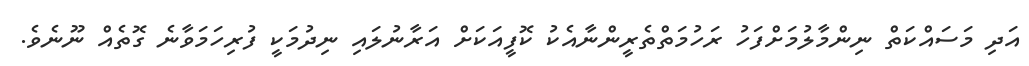
އަދި މަސައްކަތް ނިންމާލުމަށްފަހު ރަހުމަތްތެރީންނާއެކު ކޮފީއަކަށް އަރާނުލައި ނިދުމަކީ ފުރިހަމަވާނެ ގޮތެއް ނޫނެވެ.